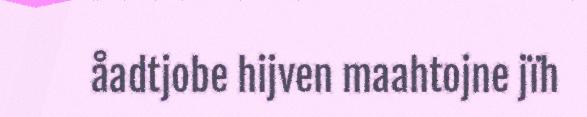
åadtjobe hijven maahtojne jïh